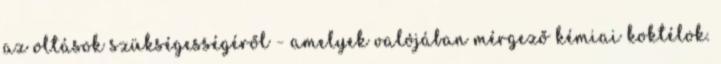
az oltások szükségességéről - amelyek valójában mérgező kémiai koktélok.